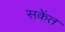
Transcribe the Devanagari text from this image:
सकेंत